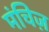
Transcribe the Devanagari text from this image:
मंचिज़